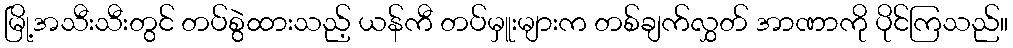
မြို့အသီးသီးတွင် တပ်စွဲထားသည့် ယန်ကီ တပ်မှူးများက တစ်ချက်လွှတ် အာဏာကို ပိုင်ကြသည်။